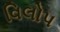
વિલોપ